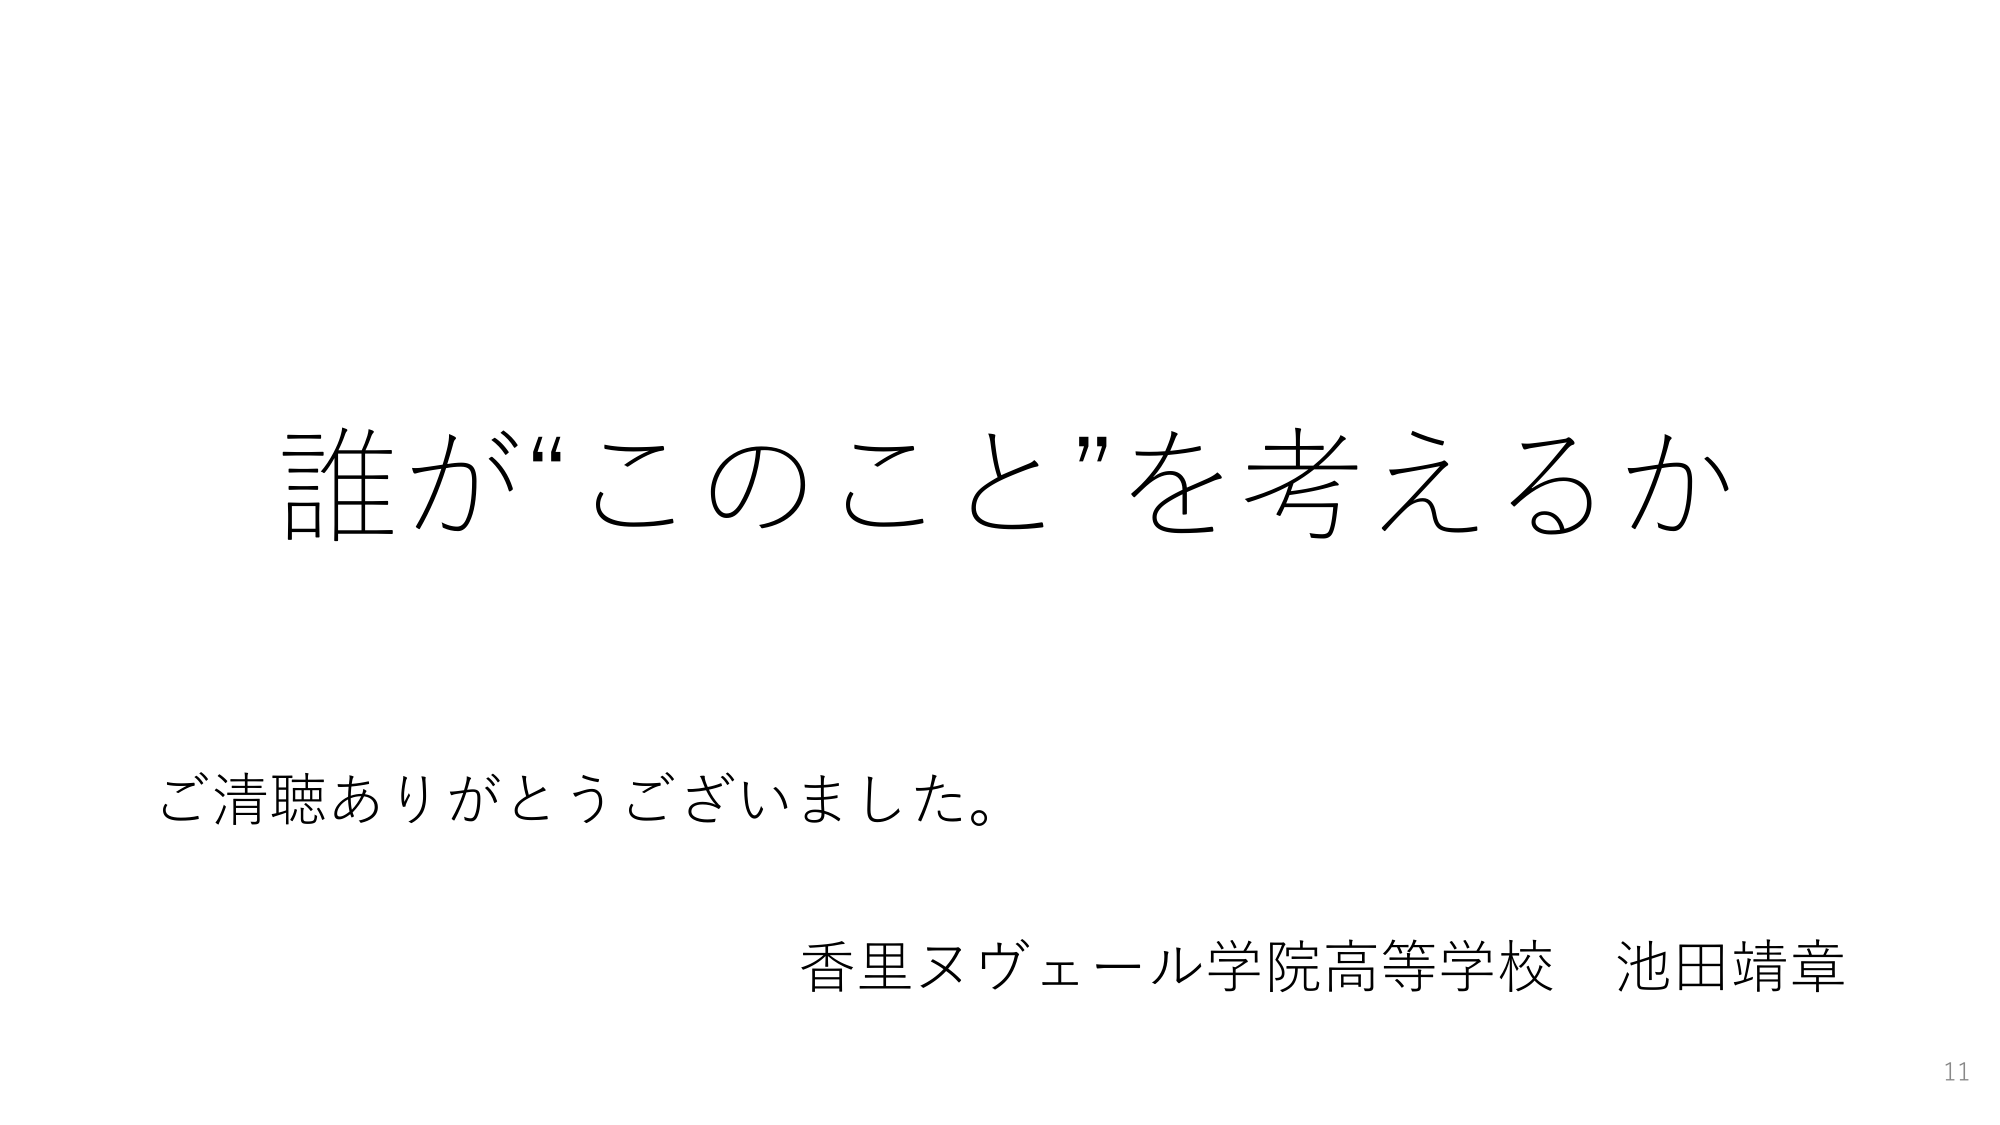
誰が“このこと”を考えるか
ご清聴ありがとうございました。
香里ヌヴェール学院高等学校 池田靖章
11